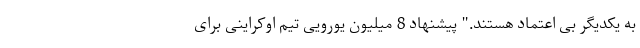
به یکدیگر بی اعتماد هستند." پیشنهاد 8 میلیون یورویی تیم اوکراینی برای